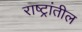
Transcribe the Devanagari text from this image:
राष्ट्रांतील